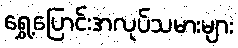
ရွှေ့ပြောင်းအလုပ်သမားများ